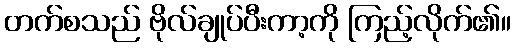
တက်စသည် ဗိုလ်ချုပ်ပီးကာ့ကို ကြည့်လိုက်၏။